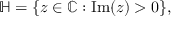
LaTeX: \mathbb { H } = \{ z \in \mathbb { C } : \operatorname { I m } ( z ) > 0 \} ,